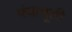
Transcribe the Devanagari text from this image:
पंचाचूली